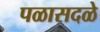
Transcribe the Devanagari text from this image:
पळासदळे